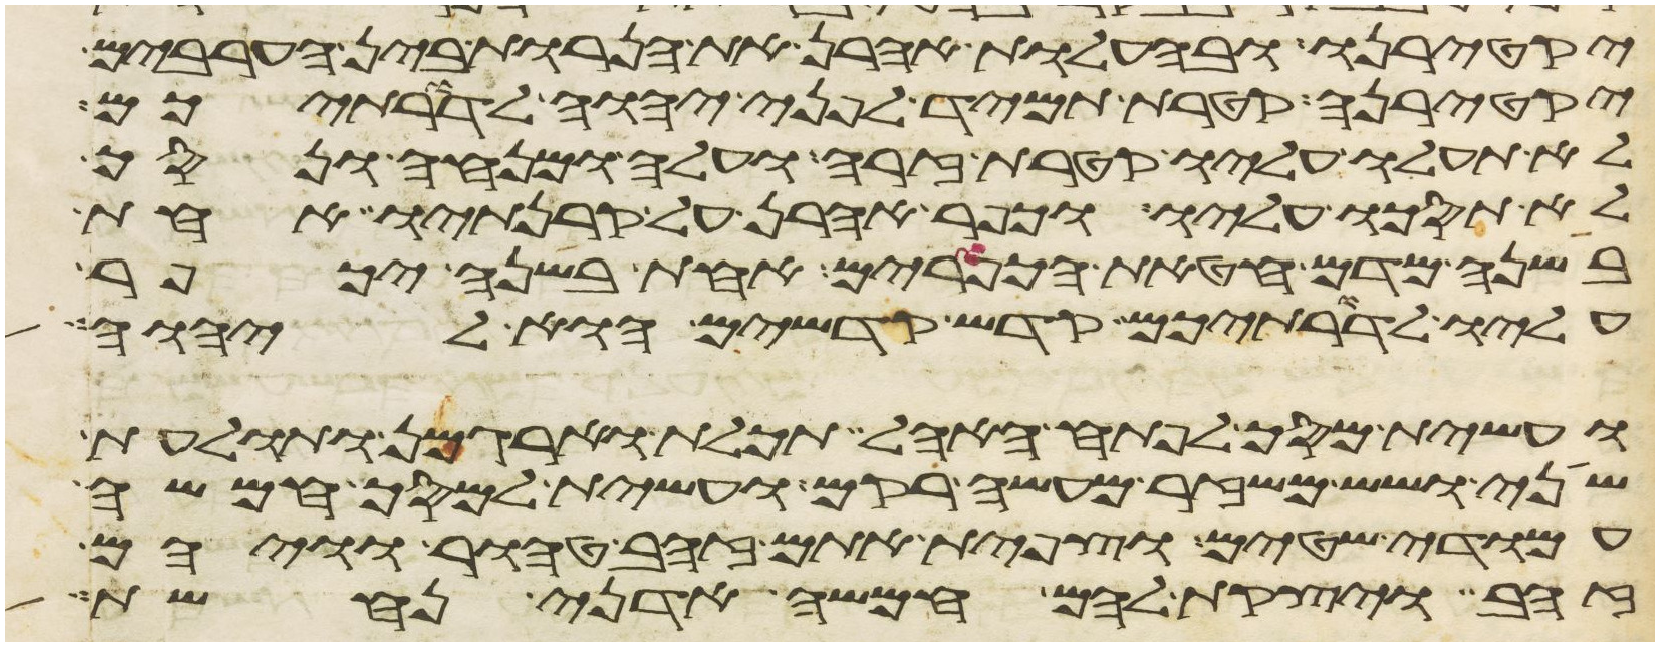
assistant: יקטירנו ובהעלות אהרן את הנרות בין הערבים
יקטירנה קטרת תמיד לפני יהוה לדרתיכם
לא תעלו עליו קטרת זרה ועלה ומנחה ונסך
לא תסכו עליו וכפר אהרן על קרנתיו אחת
בשנה מדם חטאת הכפורים אחת בשנה יכפר
עליו לדרתיכם קדש קדשים הוא ליהוה
ועשית מסך לפתח האהל תכלת וארגמן ותולעת
שני ושש משזר מעשה רקם ועשית למסך חמשה
עמודי שטים וצפית אתם זהב טהור וויהם
זהב ויצקת להם חמשה אדני נחשת